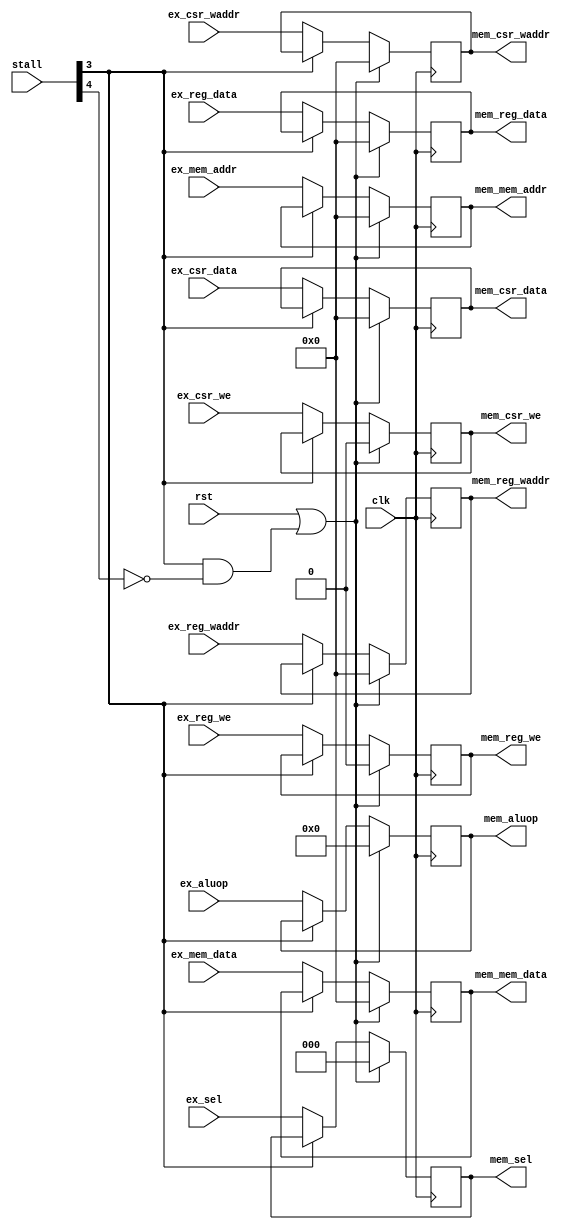
module ex_mem(
    input wire clk,
    input wire rst,
    
    input wire[31:0] ex_reg_waddr,
    input wire ex_reg_we,
    input wire[31:0] ex_reg_data,
    input wire[31:0] ex_csr_waddr,
    input wire ex_csr_we,
    input wire[31:0] ex_csr_data,
    input wire[31:0] ex_mem_addr,
    input wire[6:0] ex_aluop,
    input wire[31:0] ex_mem_data,
    input wire[2:0] ex_sel,
    input wire[5:0] stall,
    output reg[2:0] mem_sel,
    output reg[31:0] mem_reg_waddr,
    output reg mem_reg_we,
    output reg[31:0] mem_reg_data,
    output reg[31:0] mem_csr_waddr,
    output reg mem_csr_we,
    output reg[31:0] mem_csr_data,
    output reg[31:0] mem_mem_addr,
    output reg[6:0] mem_aluop,
    output reg[31:0] mem_mem_data
);
    
    always @ (posedge clk)begin
        if(rst || (stall[3] && !stall[4]))begin
            mem_reg_waddr <= 0;
            mem_reg_we <= 0;
            mem_reg_data <= 0;
            mem_csr_waddr <= 0;
            mem_csr_we <= 0;
            mem_csr_data <= 0;
            mem_mem_addr <= 0;
            mem_aluop <= 0;
            mem_mem_data <= 0;
            mem_sel <= 0;
        end else if(!stall[3])begin
            mem_reg_waddr <= ex_reg_waddr;
            mem_reg_we <= ex_reg_we;
            mem_reg_data <= ex_reg_data;
            mem_csr_waddr <= ex_csr_waddr;
            mem_csr_we <= ex_csr_we;
            mem_csr_data <= ex_csr_data;
            mem_mem_addr <= ex_mem_addr;
            mem_aluop <= ex_aluop;
            mem_mem_data <= ex_mem_data;
            mem_sel <= ex_sel;
           
       end
   end 
endmodule